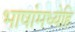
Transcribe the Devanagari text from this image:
भाषांमध्येहि